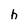
Character: h